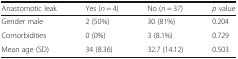
<table><thead><tr><td><b>Anastomotic leak</b></td><td><b>Yes (<i>n</i> = 4)</b></td><td><b>No (<i>n</i> = 37)</b></td><td><b><i>p</i> value</b></td></tr></thead><tbody><tr><td>Gender male</td><td>2 (50%)</td><td>30 (81%)</td><td>0.204</td></tr><tr><td>Comorbidities</td><td>0 (0%)</td><td>3 (8.1%)</td><td>0.729</td></tr><tr><td>Mean age (SD)</td><td>34 (8.36)</td><td>32.7 (14.12)</td><td>0.503</td></tr></tbody></table>